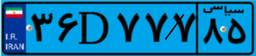
۷۷D۲۸۷۲۴